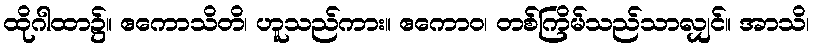
ထိုဂါထာ၌။ ဧကောသိတိ၊ ဟူသည်ကား။ ဧကောဝ၊ တစ်ကြိမ်သည်သာလျှင်။ အာသိ၊